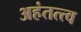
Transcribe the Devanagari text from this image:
अहंतत्त्व